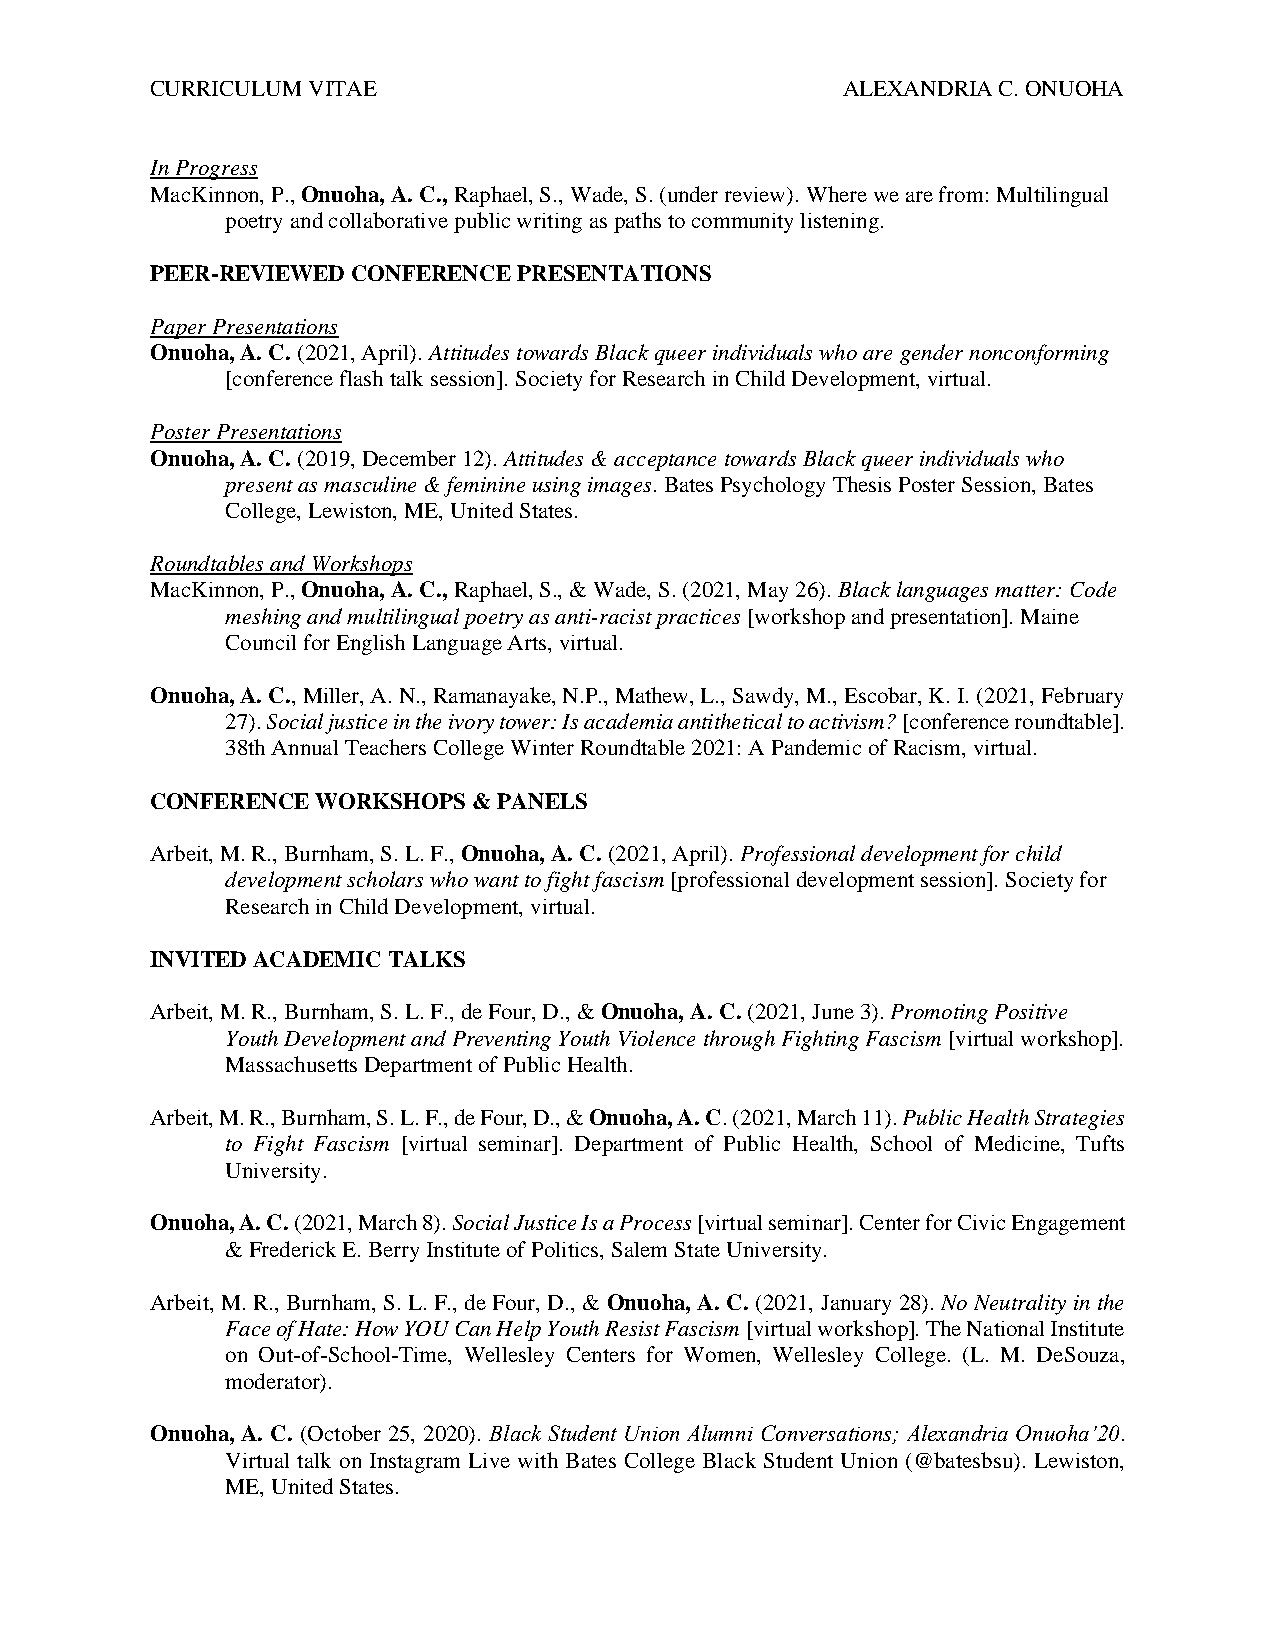
CURRICULUM VITAE                              ALEXANDRIA C. ONUOHA
 In Progress
 MacKinnon, P., Onuoha, A. C., Raphael, S., Wade, S. (under review). Where we are from: Multilingual
 poetry and collaborative public writing as paths to community listening.
 PEER-REVIEWED CONFERENCE PRESENTATIONS
 Paper Presentations
 Onuoha, A. C. (2021, April). Attitudes towards Black queer individuals who are gender nonconforming
 [conference flash talk session]. Society for Research in Child Development, virtual.
 Poster Presentations
 Onuoha, A. C. (2019, December 12). Attitudes & acceptance towards Black queer individuals who
 present as masculine & feminine using images. Bates Psychology Thesis Poster Session, Bates
 College, Lewiston, ME, United States.
 Roundtables and Workshops
 MacKinnon, P., Onuoha, A. C., Raphael, S., & Wade, S. (2021, May 26). Black languages matter: Code
 meshing and multilingual poetry as anti-racist practices [workshop and presentation]. Maine
 Council for English Language Arts, virtual.
 Onuoha, A. C., Miller, A. N., Ramanayake, N.P., Mathew, L., Sawdy, M., Escobar, K. I. (2021, February
 27). Social justice in the ivory tower: Is academia antithetical to activism? [conference roundtable].
 38th Annual Teachers College Winter Roundtable 2021: A Pandemic of Racism, virtual.
 CONFERENCE WORKSHOPS & PANELS
 Arbeit, M. R., Burnham, S. L. F., Onuoha, A. C. (2021, April). Professional development for child
 development scholars who want to fight fascism [professional development session]. Society for
 Research in Child Development, virtual.
 INVITED ACADEMIC TALKS
 Arbeit, M. R., Burnham, S. L. F., de Four, D., & Onuoha, A. C. (2021, June 3). Promoting Positive
 Youth Development and Preventing Youth Violence through Fighting Fascism [virtual workshop].
 Massachusetts Department of Public Health.
 Arbeit, M. R., Burnham, S. L. F., de Four, D., & Onuoha, A. C. (2021, March 11). Public Health Strategies
 to Fight Fascism [virtual seminar]. Department of Public Health, School of Medicine, Tufts
 University.
 Onuoha, A. C. (2021, March 8). Social Justice Is a Process [virtual seminar]. Center for Civic Engagement
 & Frederick E. Berry Institute of Politics, Salem State University.
 Arbeit, M. R., Burnham, S. L. F., de Four, D., & Onuoha, A. C. (2021, January 28). No Neutrality in the
 Face of Hate: How YOU Can Help Youth Resist Fascism [virtual workshop]. The National Institute
 on Out-of-School-Time, Wellesley Centers for Women, Wellesley College. (L. M. DeSouza,
 moderator).
 Onuoha, A. C. (October 25, 2020). Black Student Union Alumni Conversations; Alexandria Onuoha’20.
 Virtual talk on Instagram Live with Bates College Black Student Union (@batesbsu). Lewiston,
 ME, United States.